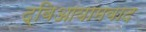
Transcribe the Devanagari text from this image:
द्विआयामवाद